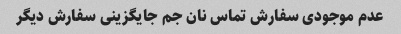
عدم موجودی سفارش تماس نان جم جایگزینی سفارش دیگر